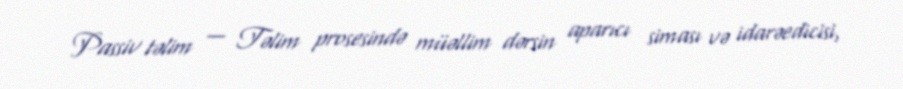
Passiv təlim — Təlim prosesində müəllim dərsin aparıcı siması və idarəedicisi,